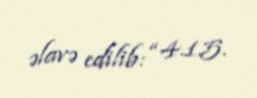
əlavə edilib: “4.1.5.